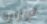
لوزارة